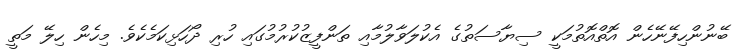
ބޭނުންހިފޭނޭހެން އޮތްއޮތުމަކީ ސިޔާސަތުގެ އެކުލަވާލުމާއި ތަންފީޒުކުރުމުގައި ހުރި ދޯހަޅިކަމެކެވެ. މިހެން ހިލޭ މަތީ